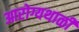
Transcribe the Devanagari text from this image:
आरोग्यथाळी